Document type: Sale
Year: 1274
Scribe: [Unknown]
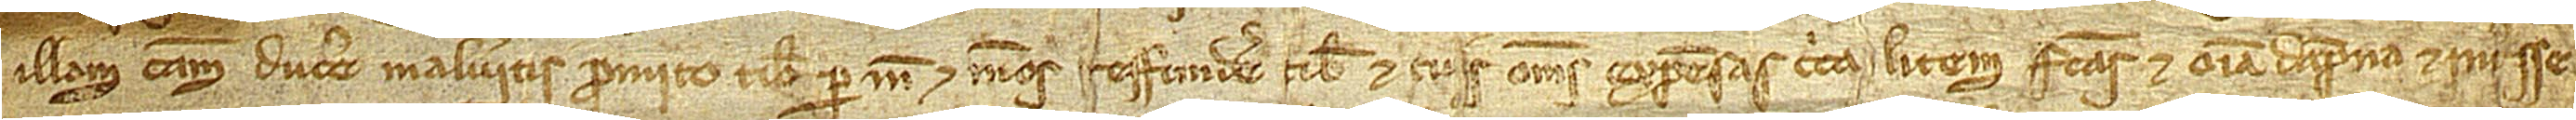
illam causam ducere malueritis, promito tibi per me et meos reffundere tibi et tuis omnes expensas circa litem factas, et omnia dampna et interesse